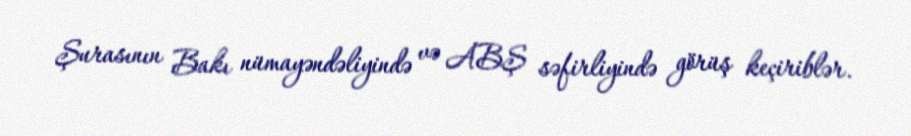
Şurasının Bakı nümayəndəliyində və ABŞ səfirliyində görüş keçiriblər.